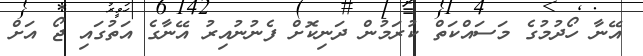
އޭނާ ހޯދުމުގެ މަސައްކަތް ކުރަމުން ދަނިކޮށް ފެނުނުއިރު އޭނާގެ އަތުގައި ޖޯ އަށް